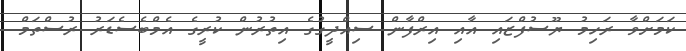
ކަމަށްވާ ރަހިމު ޔޫސުފްޒައި އާއި އިރްފާން ސިއްދީގުގެ އިތުރުން ކުރީގެ އެމްބެސެޑަރު ރުސްތަމް